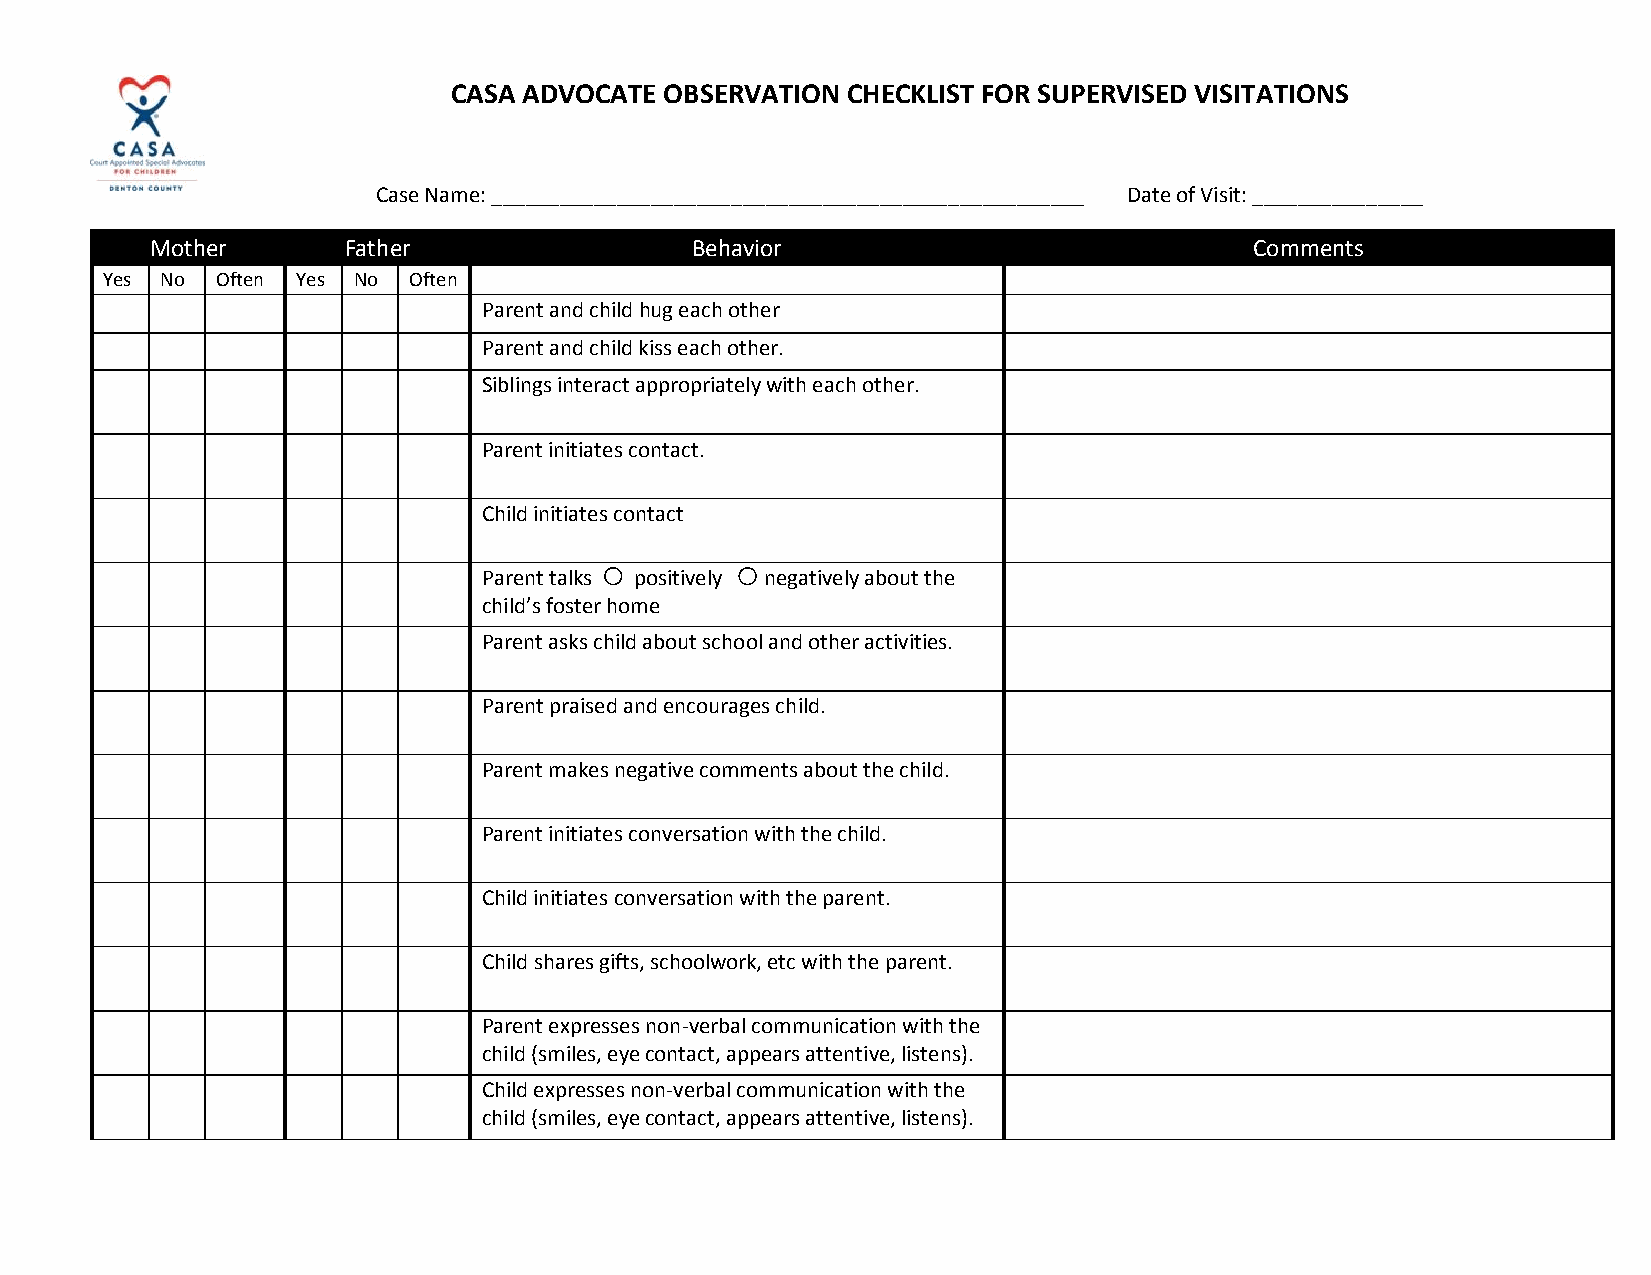
CASA ADVOCATE OBSERVATION CHECKLIST FOR SUPERVISED VISITATIONS
 Case Name: ____________________________________________________ Date of Visit: _______________
 Mother       Father                 Behavior                             Comments
 Yes No Often Yes No Often
 Parent and child hug each other
 Parent and child kiss each other.
 Siblings interact appropriately with each other.
 Parent initiates contact.
 Child initiates contact
 Parent talks positively negatively about the
 child’s foster home
 Parent asks child about school and other activities.
 Parent praised and encourages child.
 Parent makes negative comments about the child.
 Parent initiates conversation with the child.
 Child initiates conversation with the parent.
 Child shares gifts, schoolwork, etc with the parent.
 Parent expresses non-verbal communication with the
 child (smiles, eye contact, appears attentive, listens).
 Child expresses non-verbal communication with the
 child (smiles, eye contact, appears attentive, listens).